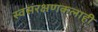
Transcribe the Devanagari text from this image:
स्वसंरक्षणकलाही